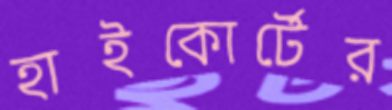
হাইকোর্টের